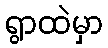
ရွာထဲမှာ